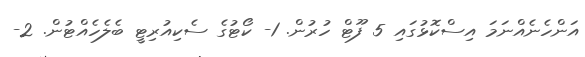
އަންހެނެއްނަމަ އިސްކޮޅުގައި 5 ފޫޓް ހުރުން. 1- ކޯޓުގެ ސެކިއުރިޓީ ބެލެހެއްޓުން. 2-